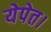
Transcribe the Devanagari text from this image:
येपेत।